Annual report on the lock hospitals of the Madras Presidency
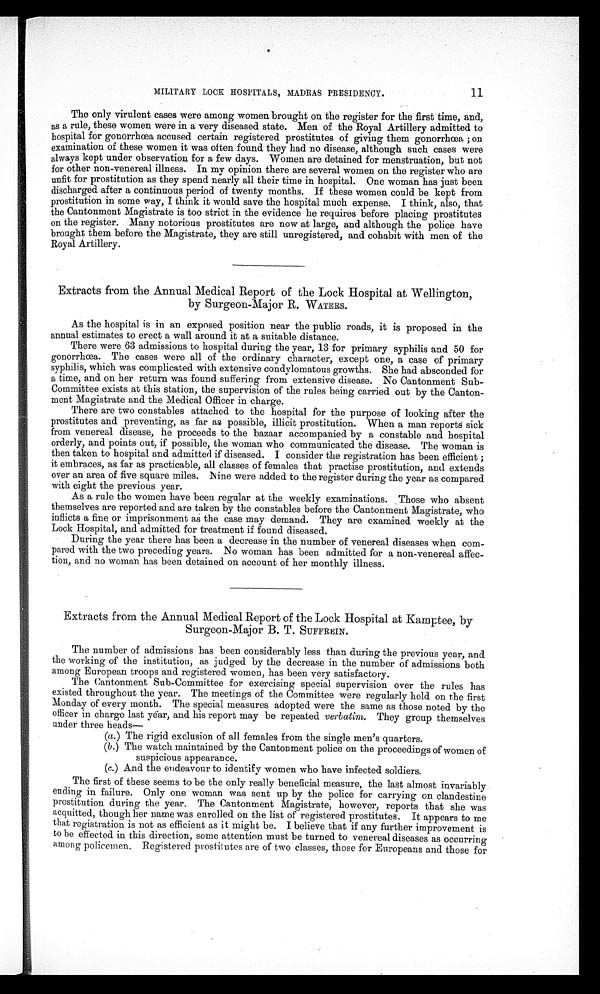
11
MILITARY LOCK HOSPITALS, MADRAS PRESIDENCY.
The only virulent cases were among women brought on the register for the first time, and,
as a rule, these women were in a very diseased state. Men of the Royal Artillery admitted to
hospital for gonorrhœa accused certain registered prostitutes of giving them gonorrhoea ; on
examination of these women it was often found they had no disease, although such cases were
always kept under observation for a few days. Women are detained for menstruation, but not
for other non-venereal illness. In my opinion there are several women on the register who are
unfit for prostitution as they spend nearly all their time in hospital. One woman has just been
discharged after a continuous period of twenty months. If these women could be kept from
prostitution in some way, I think it would save the hospital much expense. I think, also, that
the Cantonment Magistrate is too strict in the evidence he requires before placing prostitutes
on the register. Many notorious prostitutes are now at large, and although the police have
brought them before the Magistrate, they are still unregistered, and cohabit with men of the
Royal Artillery.
Extracts from the Annual Medical Report of the Lock Hospital at Wellington,
by Surgeon-Major R. WATERS.
As the hospital is in an exposed position near the public roads, it is proposed in the
annual estimates to erect a wall around it at a suitable distance.
There were 63 admissions to hospital during the year, 13 for primary syphilis and 50 for
gonorrhœa. The cases were all of the ordinary character, except one, a case of primary
syphilis, which was complicated with extensive condylomatous growths. She had absconded for
a time, and on her return was found suffering from extensive disease. No Cantonment Sub-
Committee exists at this station, the supervision of the rules being carried out by the Canton-
ment Magistrate and the Medical Officer in charge.
There are two constables attached to the hospital for the purpose of looking after the
prostitutes and preventing, as far as possible, illicit prostitution. When a man reports sick
from venereal disease, he proceeds to the bazaar accompanied by a constable and hospital
orderly, and points out, if possible, the woman who communicated the disease. The woman is
then taken to hospital and admitted if diseased. I consider the registration has been efficient ;
it embraces, as far as practicable, all classes of females that practise prostitution, and extends
over an area of five square miles. Nine were added to the register during the year as compared
with eight the previous year.
As a rule . the women have been regular at the weekly examinations. Those who absent
themselves are reported and are taken by the constables before the Cantonment Magistrate, who
inflicts a fine or imprisonment as the case may demand. They are examined weekly at the
Lock Hospital, and admitted for treatment if found diseased.
During the year there has been a decrease in the number of venereal diseases when com-
pared with the two preceding years. No woman has been admitted for a non-venereal affec-
tion, and no woman has been detained on account of her monthly illness.
Extracts from the Annual Medical Report of the Lock Hospital at Kamp-tee, by
Surgeon-Major B. T. SUFFREIN.
The number of admissions has been considerably less than during the previous year, and
the working of the institution, as judged by the decrease in the number of admissions both
among European troops and registered women, has been very satisfactory.
The Cantonment Sub-Committee for exercising special supervision over the rules has
existed throughout the year. The meetings of the Committee were regularly held on the first
Monday of every month. The special measures adopted were the same as those noted by the
officer in charge last year, and his report may be repeated verbatim. They group themselves
under three heads—
( a . ) T h e r i g i d e x c l u s i o n o f a l l f e m a l e s f r o m t h e s i n g l e m e n ' s q u a r t e r s .
(b.) The watch maintained by the Cantonment police on the proceedings of women of
suspicious appearance.
( c . ) A n d t h e e n d e a v o u r t o i d e n t i f y w o m e n w h o h a v e i n f e c t e d s o l d i e r s .
The first of these seems to be the only really beneficial measure, the last almost invariably
ending in failure. Only one woman was sent up by the police for carrying on clandestine
prostitution during the year. The Cantonment Magistrate, however, reports that she was
acquitted, though her name was enrolled on the list of registered prostitutes. It appears to me
that registration is not as efficient as it might be. I believe that if any further improvement is
to be effected in this direction, some attention must be turned to venereal diseases as occurring
among policemen. Registered prostitutes are of two classes, those for Europeans and those for